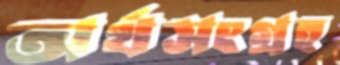
অর্থসংগ্রহ